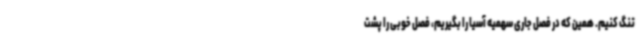
تنگ کنیم. همین که در فصل جاری سهمیه آسیا را بگیریم، فصل خوبی را پشت